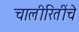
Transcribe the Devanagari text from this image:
चालीरितींचे